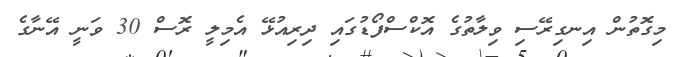
މިގޮތުން އިނގިރޭސި ވިލާތުގެ އޮކްސްފޯޑުގައި ދިރިއުޅޭ އެމިލީ ރޮސް 30 ވަނީ އޭނާގެ